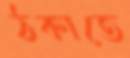
ঠকাতে